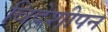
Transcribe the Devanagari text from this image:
विदेशीपन